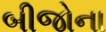
બીજોના